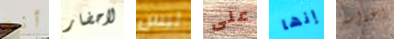
أنم لاحضار ليس على إنها إعدامه